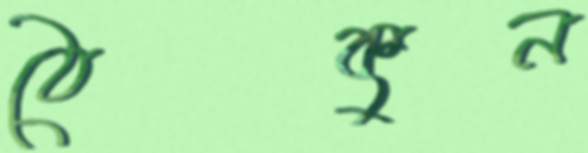
ঠেকুন